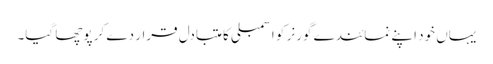
یہاں خود اپنے نمائندے گورنر کو اسمبلی کا متبادل قرار دے کر پوچھا گیا۔